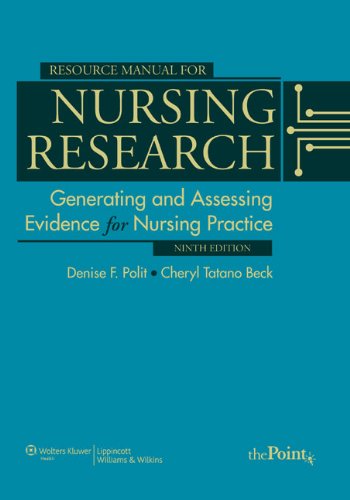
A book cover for Resource Manual for Nursing Research: Generating and Assessing Evidence for Nursing Practice; Denise F. Polit PhD  FAAN; Medical Books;